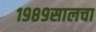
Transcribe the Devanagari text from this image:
१९८९सालचा